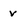
Character: v